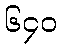
၆၄၀